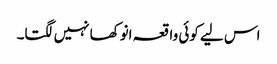
اس لیے کوئی واقعہ انوکھا نہیں لگتا۔